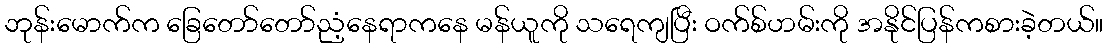
ဘုန်းမောက်က ခြေတော်တော်ညံ့နေရာကနေ မန်ယူကို သရေကျပြီး ဝက်စ်ဟမ်းကို အနိုင်ပြန်ကစားခဲ့တယ်။